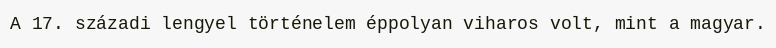
A 17. századi lengyel történelem éppolyan viharos volt, mint a magyar.